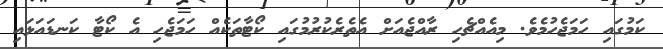
ކަމުގައި ހަމަޖެހުމެވެ. މިއެއްޗެހި ރާއްޖެއަށް އެތެރެކުރުމުގައި ކޯޓާތަކެއް ހަމަޖެހި އެ ކޯޓާ ކަނޑައަޅައި